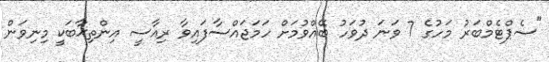
"ސެޕްޓެމްބަރު މަހުގެ 7 ވަނަ ދުވަހު ބޭއްވުމަށް ހަމަޖައްސާފައިވާ ރިއާސީ އިންތިޚާބަކީ މިނިވަން